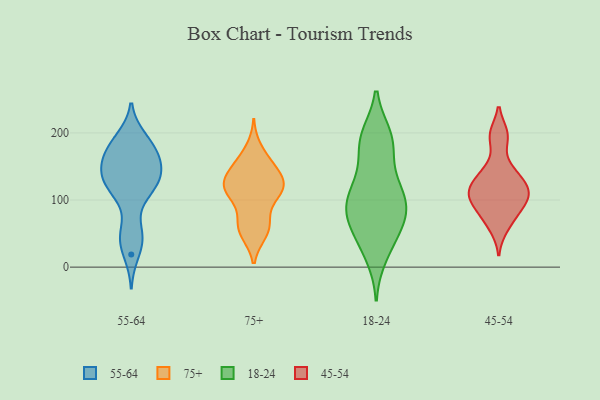
{"axis": {"x": "Temperature (°C)", "y": "Value"}, "legend": ["18-24", "45-54", "55-64", "75+"], "data": [{"x": "", "y": 166, "type": "55-64"}, {"x": "", "y": 47, "type": "55-64"}, {"x": "", "y": 151, "type": "55-64"}, {"x": "", "y": 180, "type": "55-64"}, {"x": "", "y": 150, "type": "55-64"}, {"x": "", "y": 127, "type": "55-64"}, {"x": "", "y": 116, "type": "55-64"}, {"x": "", "y": 132, "type": "55-64"}, {"x": "", "y": 170, "type": "55-64"}, {"x": "", "y": 54, "type": "55-64"}, {"x": "", "y": 192, "type": "55-64"}, {"x": "", "y": 39, "type": "55-64"}, {"x": "", "y": 136, "type": "55-64"}, {"x": "", "y": 139, "type": "55-64"}, {"x": "", "y": 107, "type": "55-64"}, {"x": "", "y": 168, "type": "55-64"}, {"x": "", "y": 193, "type": "55-64"}, {"x": "", "y": 116, "type": "55-64"}, {"x": "", "y": 19, "type": "55-64"}, {"x": "", "y": 119, "type": "75+"}, {"x": "", "y": 52, "type": "75+"}, {"x": "", "y": 120, "type": "75+"}, {"x": "", "y": 61, "type": "75+"}, {"x": "", "y": 117, "type": "75+"}, {"x": "", "y": 51, "type": "75+"}, {"x": "", "y": 176, "type": "75+"}, {"x": "", "y": 118, "type": "75+"}, {"x": "", "y": 157, "type": "75+"}, {"x": "", "y": 111, "type": "75+"}, {"x": "", "y": 146, "type": "75+"}, {"x": "", "y": 149, "type": "75+"}, {"x": "", "y": 61, "type": "75+"}, {"x": "", "y": 144, "type": "75+"}, {"x": "", "y": 72, "type": "75+"}, {"x": "", "y": 105, "type": "75+"}, {"x": "", "y": 124, "type": "75+"}, {"x": "", "y": 120, "type": "75+"}, {"x": "", "y": 171, "type": "18-24"}, {"x": "", "y": 98, "type": "18-24"}, {"x": "", "y": 187, "type": "18-24"}, {"x": "", "y": 31, "type": "18-24"}, {"x": "", "y": 74, "type": "18-24"}, {"x": "", "y": 113, "type": "18-24"}, {"x": "", "y": 93, "type": "18-24"}, {"x": "", "y": 106, "type": "18-24"}, {"x": "", "y": 195, "type": "18-24"}, {"x": "", "y": 40, "type": "18-24"}, {"x": "", "y": 82, "type": "18-24"}, {"x": "", "y": 75, "type": "18-24"}, {"x": "", "y": 76, "type": "18-24"}, {"x": "", "y": 126, "type": "18-24"}, {"x": "", "y": 190, "type": "18-24"}, {"x": "", "y": 193, "type": "18-24"}, {"x": "", "y": 127, "type": "18-24"}, {"x": "", "y": 17, "type": "18-24"}, {"x": "", "y": 61, "type": "18-24"}, {"x": "", "y": 145, "type": "45-54"}, {"x": "", "y": 116, "type": "45-54"}, {"x": "", "y": 108, "type": "45-54"}, {"x": "", "y": 197, "type": "45-54"}, {"x": "", "y": 107, "type": "45-54"}, {"x": "", "y": 83, "type": "45-54"}, {"x": "", "y": 100, "type": "45-54"}, {"x": "", "y": 77, "type": "45-54"}, {"x": "", "y": 129, "type": "45-54"}, {"x": "", "y": 109, "type": "45-54"}, {"x": "", "y": 138, "type": "45-54"}, {"x": "", "y": 195, "type": "45-54"}, {"x": "", "y": 59, "type": "45-54"}]}